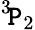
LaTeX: {}^{3}\! \mathtt{P}_{2}